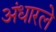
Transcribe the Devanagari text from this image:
अंधारले